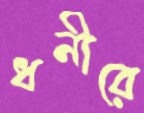
ধনীরে